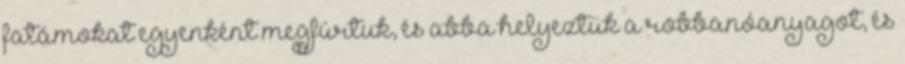
fatámokat egyenként megfúrtuk, és abba helyeztük a robbanóanyagot, és